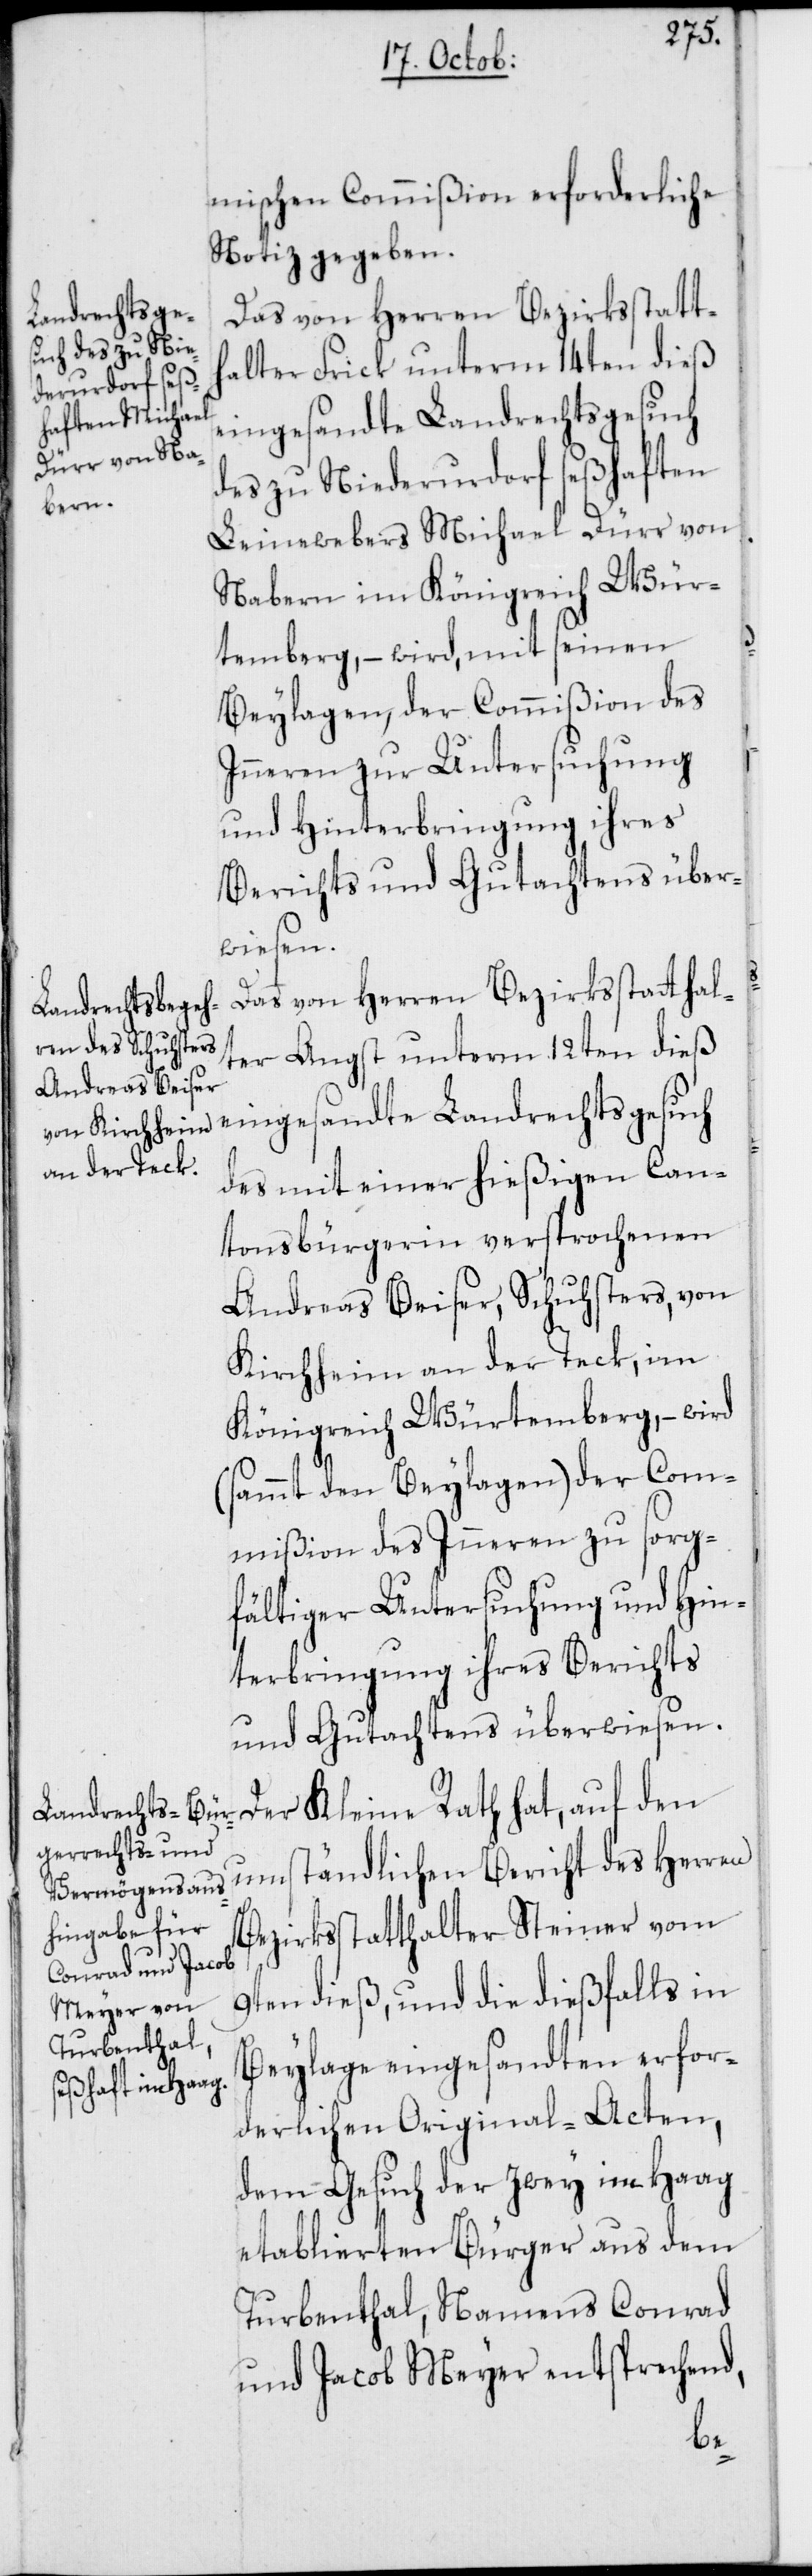
Herren

mischen Commißion erforderliche
Notiz gegeben.
eingesandte Landrechtsgesuch
des zu Niederurdorf seßhaften
Leinewebers Michael Dürr von
Nabern im Königreich Wür¬
temberg, – wird, mit seinen
Beylagen, der Commißion des
Inneren zur Untersuchung
und Hinterbringung ihres
Berichts und Gutachtens über¬
wiesen.
Das von Herren Bezirksstatthal¬
ter Angst unterm 12ten dieß
eingesandte Landrechtsgesuch
des mit einer hießigen Can¬
tonsbürgerin versprochenen
Andreas Beiser, Schusters, von
Kirchheim an der Teck im
Königreich Würtemberg, – wird
(sammt den Beylagen) der Com¬
mißion des Inneren zu sorg¬
fältiger Untersuchung und Hin¬
terbringung ihres Berichts
und Gutachtens überwiesen.
Der Kleine Rath hat, auf den
umständlichen Bericht des Herren
Bezirksstatthalter Steiner vom
9ten dieß, und die dießfalls in
Beylage eingesandten erfor¬
derlichen Original-Acten,
dem Gesuch der zwey im Haag
etablierten Bürger aus dem
Turbenthal, Namens Conrad
und Jacob Meyer entsprechend,